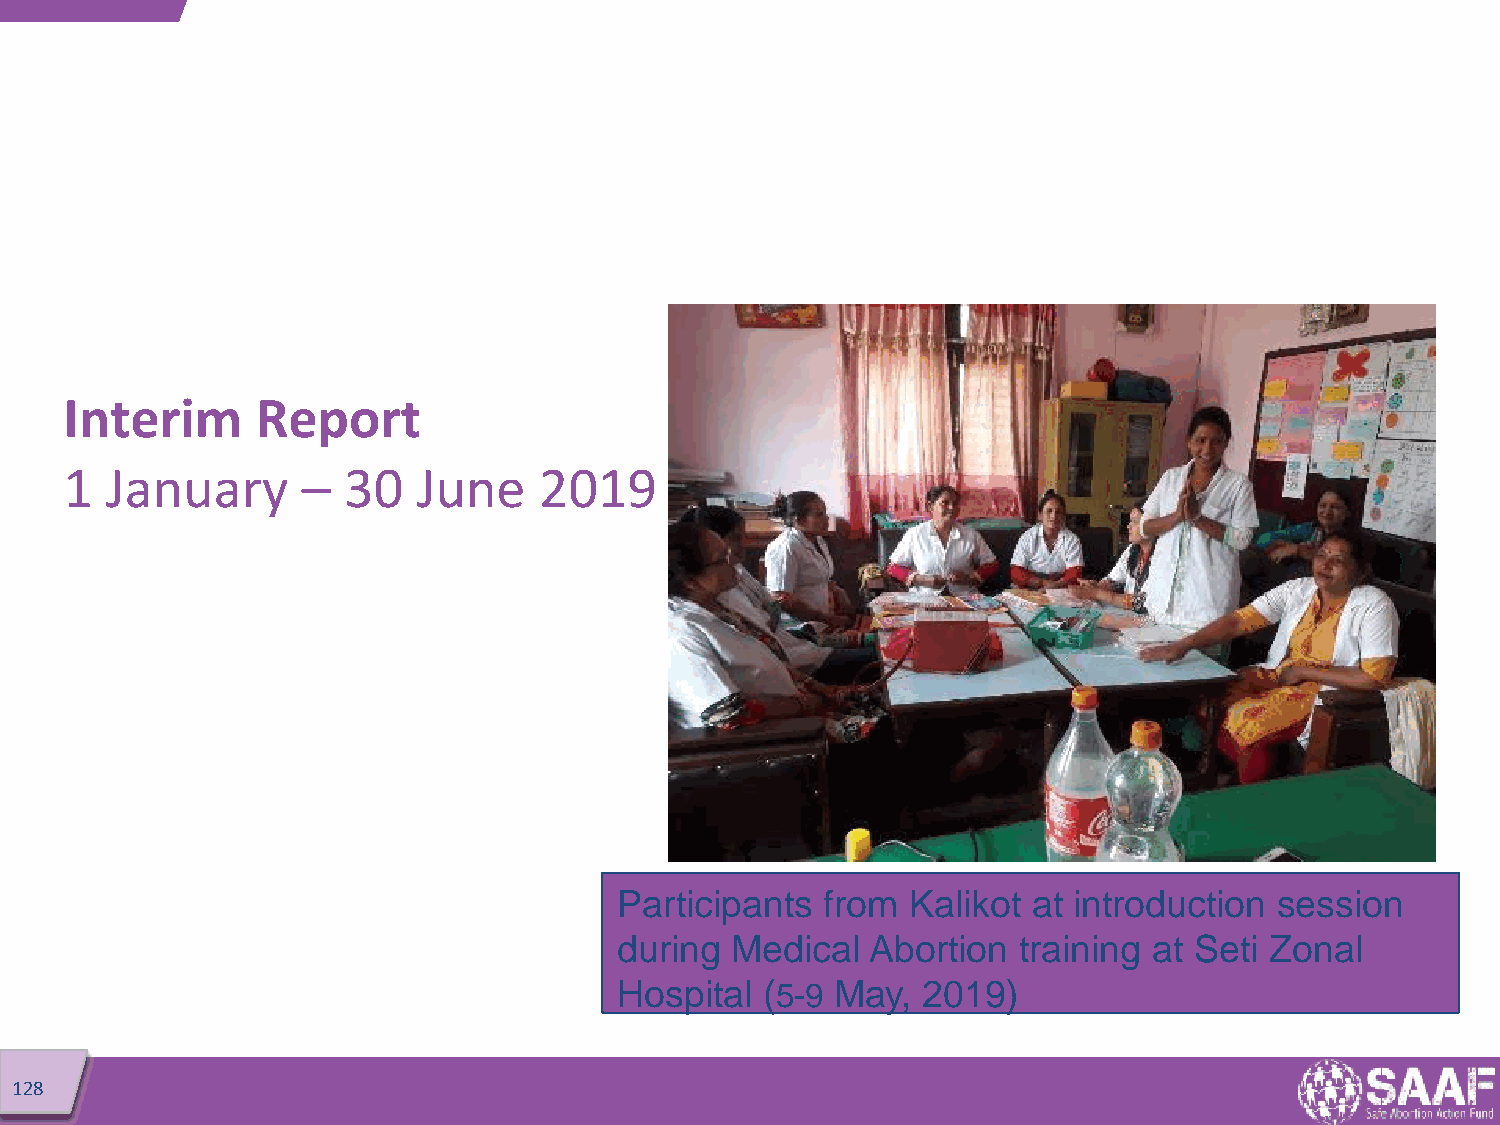
Interim      Report
 1  January      –  30   June    2019
 Participants  from Kalikot at introduction  session
 during Medical   Abortion training at Seti Zonal
 Hospital  (5-9 May, 2019)
 112288